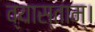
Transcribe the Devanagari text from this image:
व्यास्ताम्।